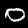
Digit: 0